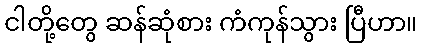
ငါတို့တွေ ဆန်ဆုံစား ကံကုန်သွား ပြီဟာ။